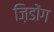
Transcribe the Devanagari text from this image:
ज़िडोंग